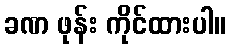
ခဏ ဖုန်း ကိုင်ထားပါ။